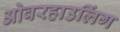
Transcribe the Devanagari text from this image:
ओवरहाउलिंग